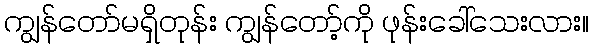
ကျွန်တော်မရှိတုန်း ကျွန်တော့်ကို ဖုန်းခေါ်သေးလား။